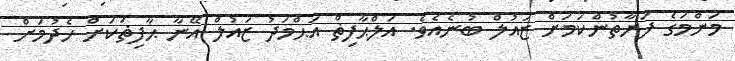
މަންމަގެ ފަރާތުންކަމަށް ޒައުލް ބުނެއެވެ. އަލްޙާފިޡް އަޙްމަދު ޒައުލް އޭނާ ޙާފިޡަކަށް ހެދުމަށް